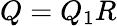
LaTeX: \textstyle Q=Q_{1}R